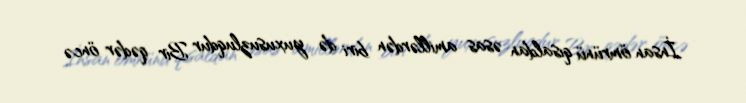
İnsan ömrünü qısaldan əsas amillərdən biri də yuxusuzluqdur Bir qədər öncə